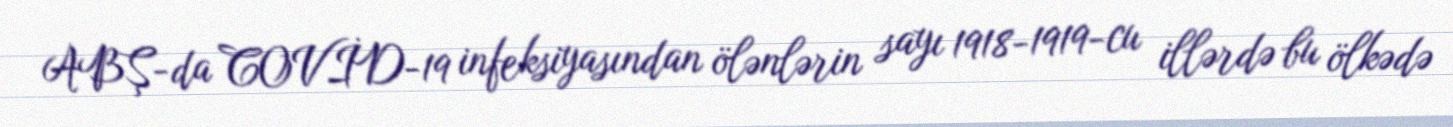
ABŞ-da COVİD-19 infeksiyasından ölənlərin sayı 1918-1919-cu illərdə bu ölkədə